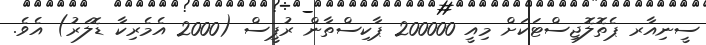
ސީނިއާރ ޕެތޮލޮޖިސްޓަކަށް މިއީ 200000 ޕާކިސްތާން ރުޕީސް (2000 އެމެރިކާ ޑޮލަރު) އެވެ.